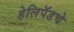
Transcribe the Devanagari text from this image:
हेलिपॅडचे